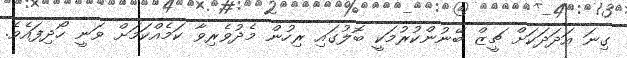
ގިނަ އަދަދަކަށް ޗީޒް ބޭނުންކުރުމަކީ ބޮލުގައި ރިހުން މެދުވެރިވާ ކަމެއްކަމަށް ވަނީ ހޯދިފައެވެ.